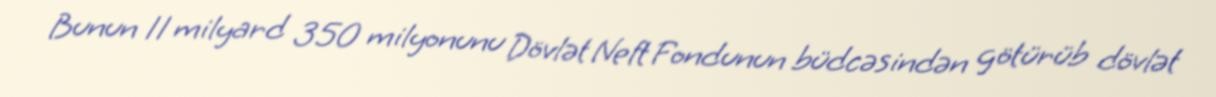
Bunun 11 milyard 350 milyonunu Dövlət Neft Fondunun büdcəsindən götürüb dövlət